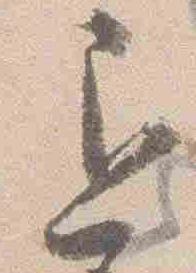
退